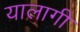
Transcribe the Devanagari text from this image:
यालागी